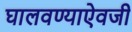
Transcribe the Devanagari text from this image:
घालवण्याऐवजी